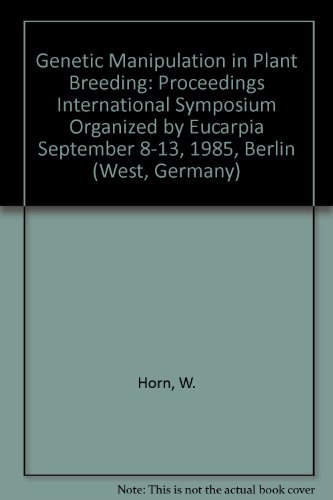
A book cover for Genetic Manipulation in Plant Breeding: Proceedings International Symposium Organized by Eucarpia September 8-13, 1985, Berlin (West, Germany); W. Horn; Health, Fitness & Dieting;